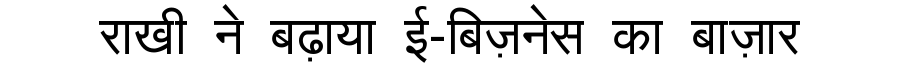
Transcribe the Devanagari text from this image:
राखी ने बढ़ाया ई-बिज़नेस का बाज़ार